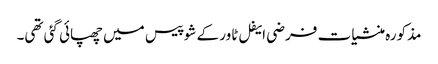
مذکورہ منشیات فرضی ایفل ٹاور کے شو پیس میں چھپائی گئی تھی۔